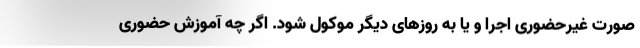
صورت غیرحضوری اجرا و یا به روزهای دیگر موکول شود. اگر چه آموزش حضوری